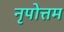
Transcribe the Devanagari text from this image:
नृपोत्तम